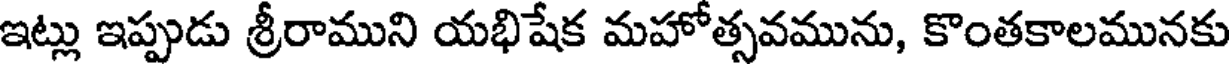
ఇట్లు ఇప్పుడు శ్రీరాముని యభిషేక మహోత్సవమును, కొంతకాలమునకు